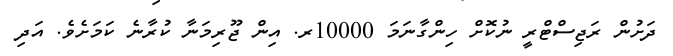
ދަށުން ރަޖިސްޓްރީ ނުކޮށް ހިންގާނަމަ 10000ރ. އިން ޖޫރިމަނާ ކުރާނެ ކަމަށެވެ. އަދި